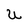
Character: U